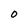
Character: O